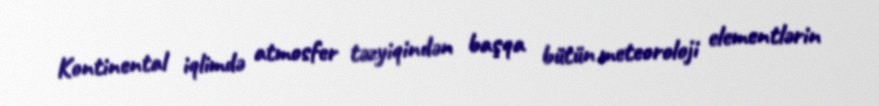
Kontinental iqlimdə atmosfer təzyiqindən başqa bütün meteoroloji elementlərin